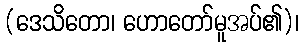
(ဒေသိတော၊ ဟောတော်မူအပ်၏)၊